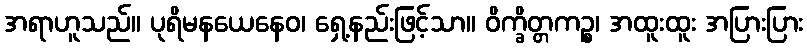
အရာဟူသည်။ ပုရိမနယေနေဝ၊ ရှေ့နည်းဖြင့်သာ။ ဝိက္ခိတ္တကဉ္စ၊ အထူးထူး အပြားပြား